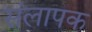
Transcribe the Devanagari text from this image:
संलापक